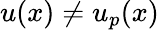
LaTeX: u(x)\neq u_{p}(x)